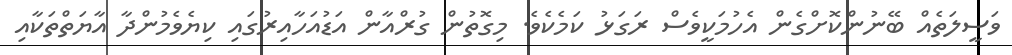
ވަސީލަތެއް ބޭނުންކޮށްގެން އެހުމަކީވެސް ރަގަޅު ކަމެކެވެ. މިގޮތުން ގުރްއާން އަޑުއަހާއިރުގައި ކިޔެވެމުންދާ އާޔަތްތަކާއި